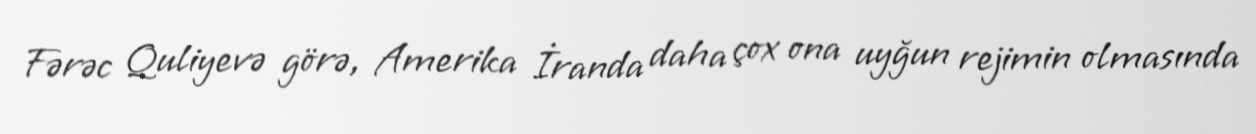
Fərəc Quliyevə görə, Amerika İranda daha çox ona uyğun rejimin olmasında